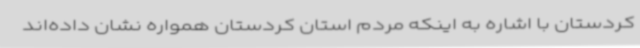
کردستان با اشاره به اینکه مردم استان کردستان همواره نشان داده‌اند